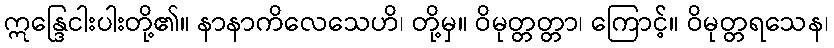
ဣန္ဒြေငါးပါးတို့၏။ နာနာကိလေသေဟိ၊ တို့မှ။ ဝိမုတ္တတ္တာ၊ ကြောင့်။ ဝိမုတ္တရသေန၊